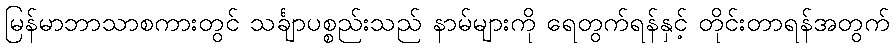
မြန်မာဘာသာစကားတွင် သင်္ချာပစ္စည်းသည် နာမ်များကို ရေတွက်ရန်နှင့် တိုင်းတာရန်အတွက်